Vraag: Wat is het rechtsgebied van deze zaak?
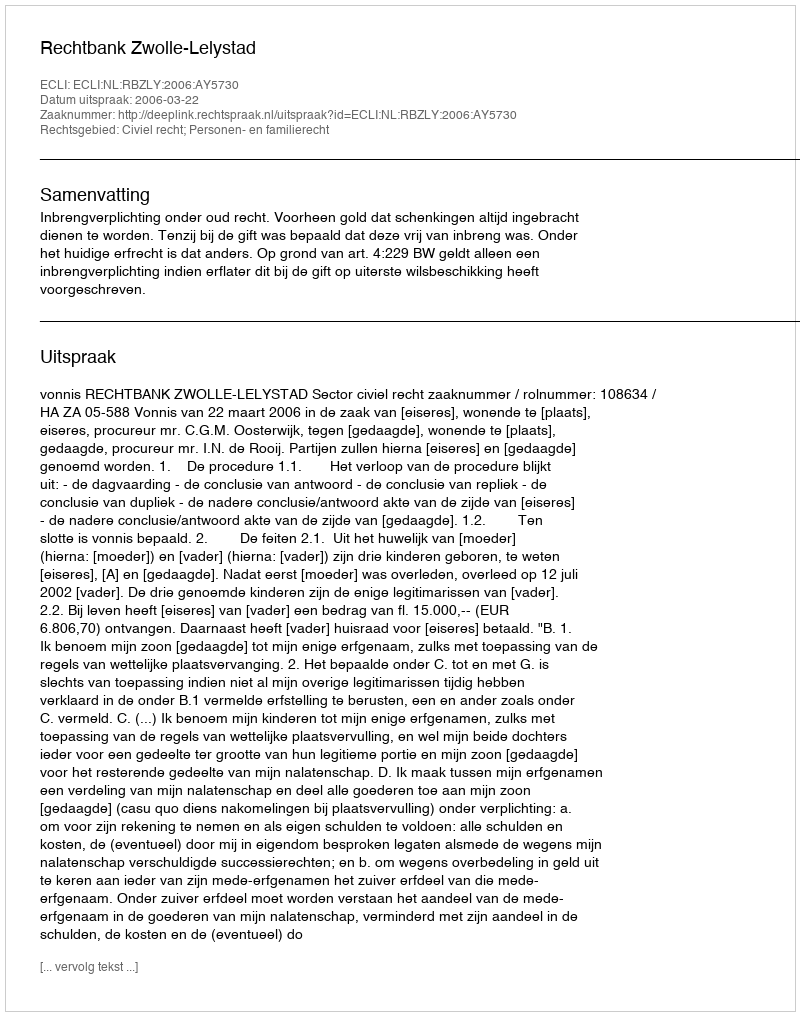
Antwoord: Civiel recht; Personen- en familierecht